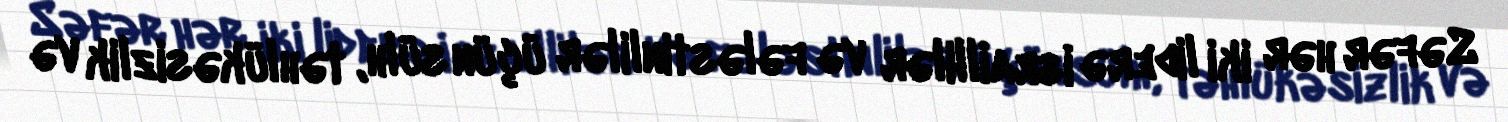
Səfər hər iki liderə israillilər və fələstinlilər üçün sülh, təhlükəsizlik və